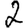
Digit: 2